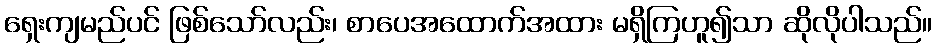
ရှေးကျမည်ပင် ဖြစ်သော်လည်း၊ စာပေအထောက်အထား မရှိကြဟူ၍သာ ဆိုလိုပါသည်။